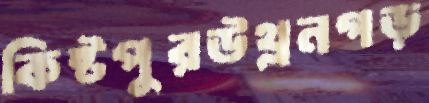
কিষ্টপুরউথ্‌লনগড়